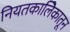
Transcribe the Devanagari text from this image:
नियतकालिेकातून